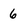
Character: 6